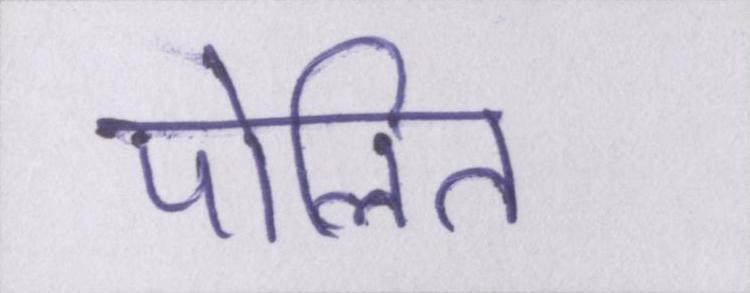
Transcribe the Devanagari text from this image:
पोलित